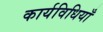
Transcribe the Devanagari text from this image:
कार्यविधियाँ